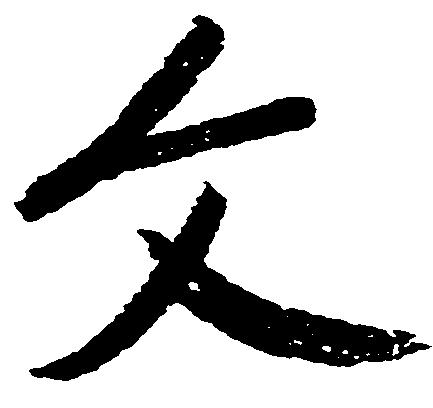
文